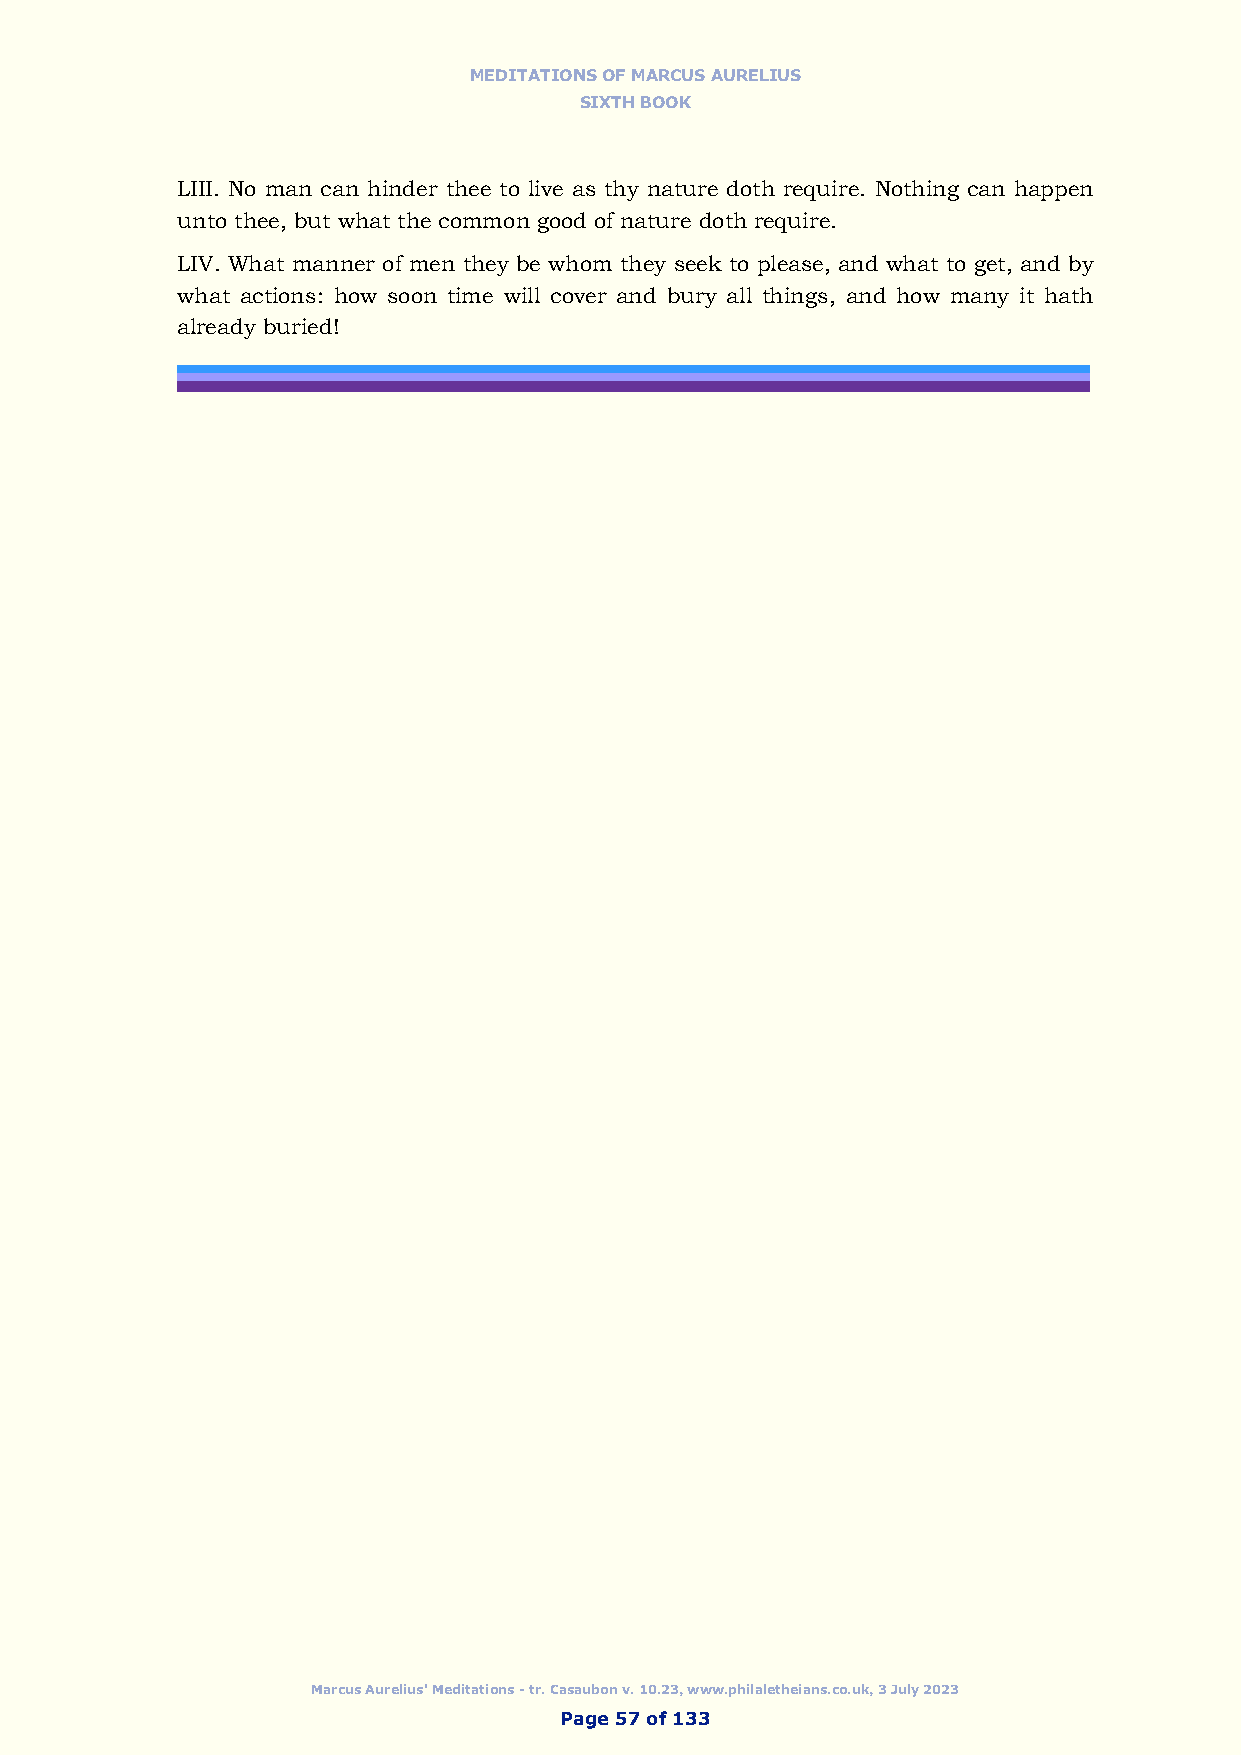
MEDITATIONS OF MARCUS AURELIUS
 SIXTH BOOK
 LIII. No man can hinder thee to live as thy nature doth require. Nothing can happen
 unto thee, but what the common good of nature doth require.
 LIV. What manner of men they be whom they seek to please, and what to get, and by
 what actions: how soon time will cover and bury all things, and how many it hath
 already buried!
 Marcus Aurelius' Meditations - tr. Casaubon v. 10.23, www.philaletheians.co.uk, 3 July 2023
 Page 57 of 133